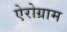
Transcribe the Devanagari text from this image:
ऐरोग्राम